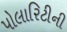
પોલારિટીની